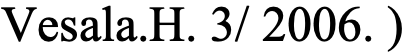
Vesala.H. 3/ 2006. )